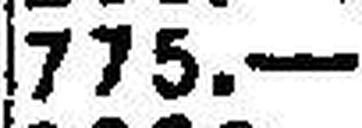
775.—